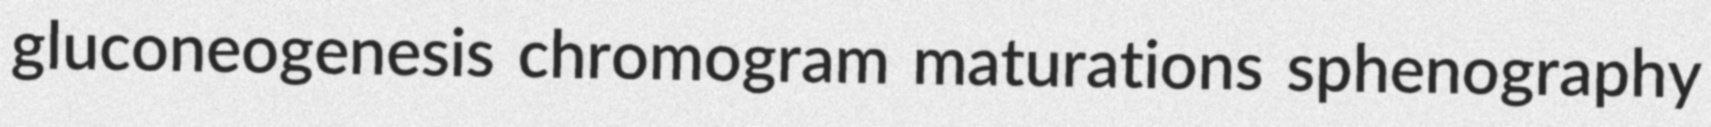
gluconeogenesis chromogram maturations sphenography